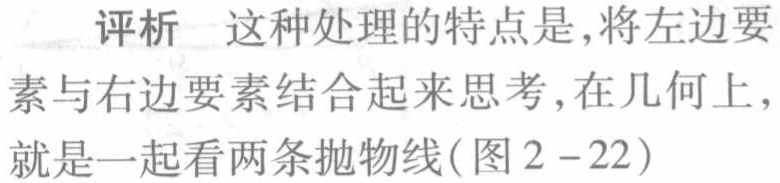
评析 这种处理的特点是,将左边要
素与右边要素结合起来思考,在几何上,
就是一起看两条抛物线(图 2 -22)